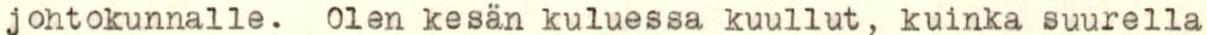
johtokunnalle. Olen kesän kuluessa kuullut, kuinka suurella